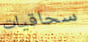
سحاقيات